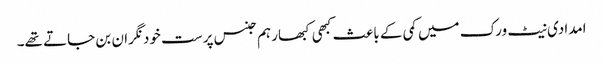
امدادی نیٹ ورک میں کمی کے باعث کبھی کبھار ہم جنس پرست خود نگران بن جاتے تھے۔